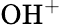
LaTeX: \mathrm{OH}^{+}